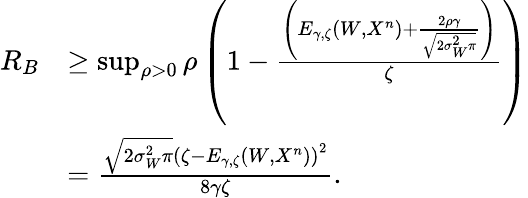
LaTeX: \begin{array}{rl}{R_{B}}&{\geq\operatorname*{sup}_{\rho>0}\rho\left(1-\frac{\left(E_{\gamma,\zeta}(W,X^{n})+\frac{2\rho\gamma}{\sqrt{2\sigma_{W}^{2}\pi}}\right)}{\zeta}\right)}\\ &{=\frac{\sqrt{2\sigma_{W}^{2}\pi}\left(\zeta-E_{\gamma,\zeta}(W,X^{n})\right)^{2}}{8\gamma\zeta}.}\end{array}